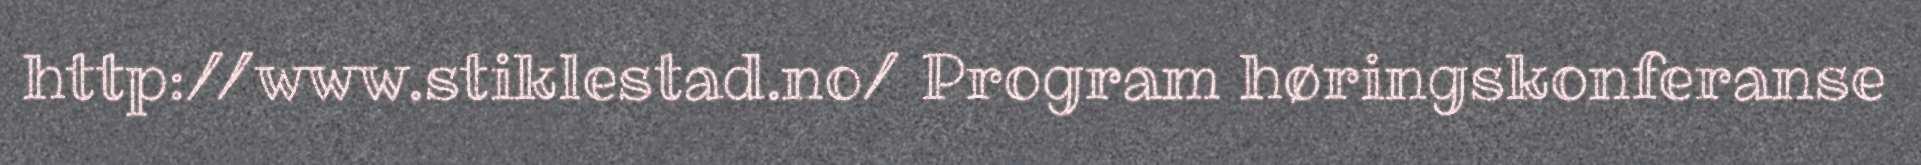
http://www.stiklestad.no/ Program høringskonferanse